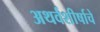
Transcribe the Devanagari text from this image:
अथर्वशीर्षाचे